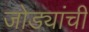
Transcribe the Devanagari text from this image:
जोड्यांची